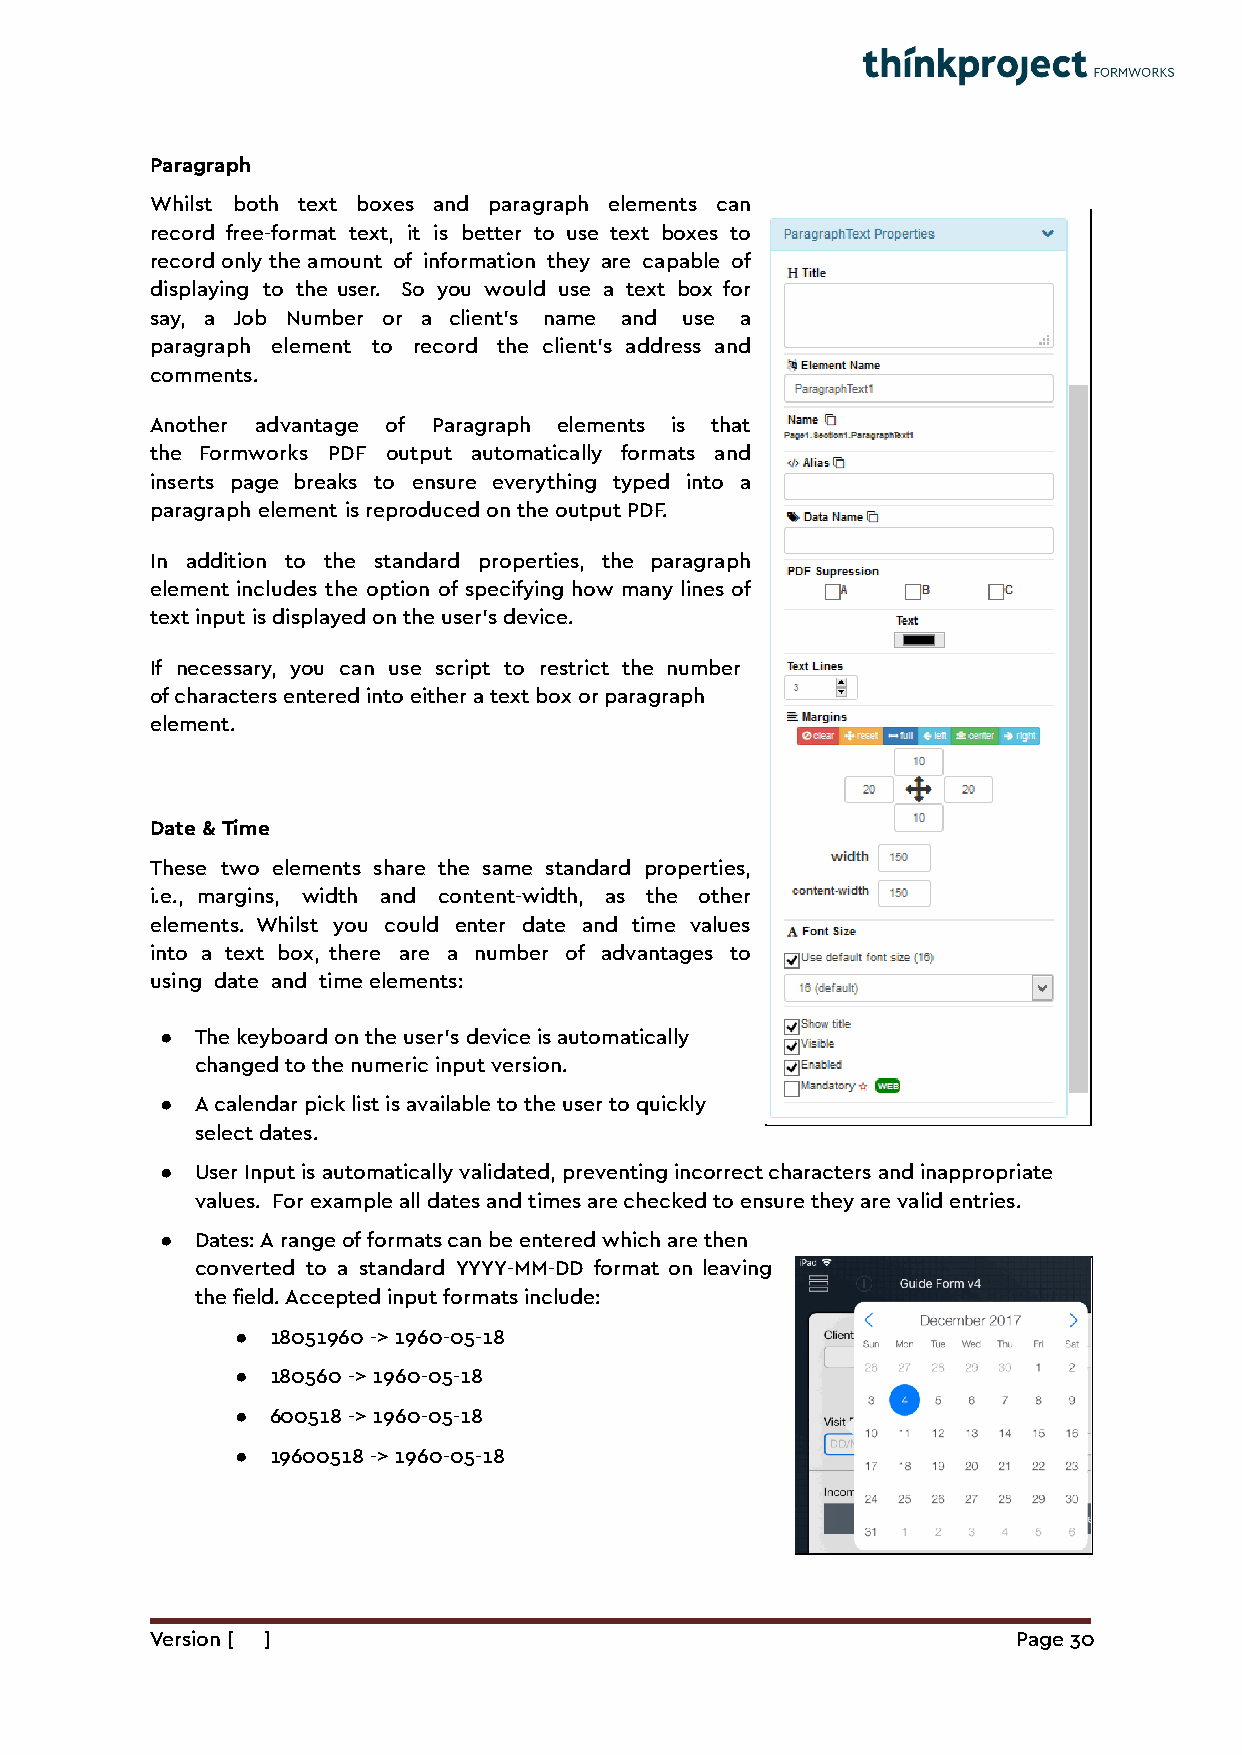
Paragraph
 Whilst both text boxes and paragraph elements can
 record free-format text, it is better to use text boxes to
 record only the amount of information they are capable of
 displaying to the user. So you would use a text box for
 say, a Job Number or a client’s name and use a
 paragraph element to record the client’s address and
 comments.
 Another advantage of Paragraph elements is that
 the Formworks PDF output automatically formats and
 inserts page breaks to ensure everything typed into a
 paragraph element is reproduced on the output PDF.
 In addition to the standard properties, the paragraph
 element includes the option of specifying how many lines of
 text input is displayed on the user’s device.
 If necessary, you can use script to restrict the number
 of characters entered into either a text box or paragraph
 element.
 Date & Time
 These two elements share the same standard properties,
 i.e., margins, width and content-width, as the other
 elements. Whilst you could enter date and time values
 into a text box, there are a number of advantages to
 using date and time elements:
 ● The keyboard on the user’s device is automatically
 changed to the numeric input version.
 ● A calendar pick list is available to the user to quickly
 select dates.
 ● User Input is automatically validated, preventing incorrect characters and inappropriate
 values. For example all dates and times are checked to ensure they are valid entries.
 ● Dates: A range of formats can be entered which are then
 converted to a standard YYYY-MM-DD format on leaving
 the field. Accepted input formats include:
 ● 18051960 -> 1960-05-18
 ● 180560 -> 1960-05-18
 ● 600518 -> 1960-05-18
 ● 19600518 -> 1960-05-18
 Version [ ]                                              Page 30